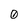
Character: 0